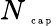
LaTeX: N_{\mathrm{~\tiny~c~a~p~}}